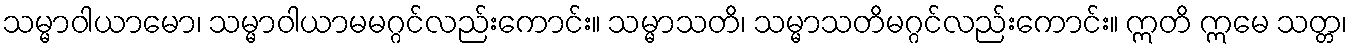
သမ္မာဝါယာမော၊ သမ္မာဝါယာမမဂ္ဂင်လည်းကောင်း။ သမ္မာသတိ၊ သမ္မာသတိမဂ္ဂင်လည်းကောင်း။ ဣတိ ဣမေ သတ္တ၊